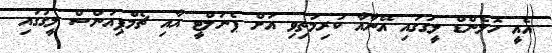
އެއީ ހޮލެންޑް ލީގުގައި އޭނާއާ ކުރިމަތިވި އަށް ޕެނަލްޓީ އާއި ޗެމްޕިއަންސް ލީގުގައި